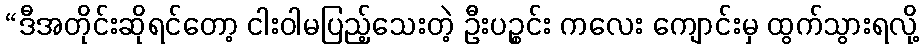
“ဒီအတိုင်းဆိုရင်တော့ ငါးဝါမပြည့်သေးတဲ့ ဦးပဉ္စင်း ကလေး ကျောင်းမှ ထွက်သွားရလို့